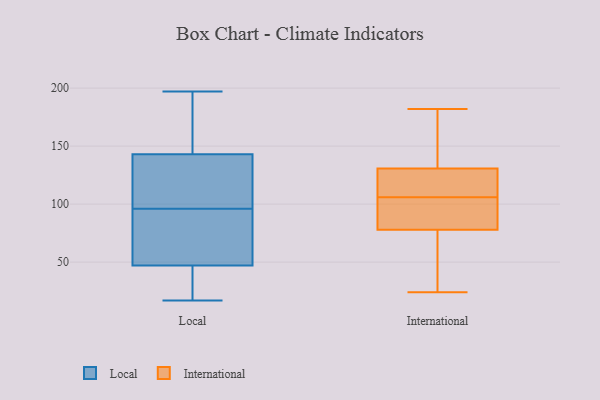
{"axis": {"x": "Headcount", "y": "Value"}, "legend": ["International", "Local"], "data": [{"x": "", "y": 184, "type": "Local"}, {"x": "", "y": 17, "type": "Local"}, {"x": "", "y": 191, "type": "Local"}, {"x": "", "y": 50, "type": "Local"}, {"x": "", "y": 84, "type": "Local"}, {"x": "", "y": 41, "type": "Local"}, {"x": "", "y": 44, "type": "Local"}, {"x": "", "y": 197, "type": "Local"}, {"x": "", "y": 158, "type": "Local"}, {"x": "", "y": 128, "type": "Local"}, {"x": "", "y": 126, "type": "Local"}, {"x": "", "y": 25, "type": "Local"}, {"x": "", "y": 108, "type": "Local"}, {"x": "", "y": 115, "type": "Local"}, {"x": "", "y": 64, "type": "Local"}, {"x": "", "y": 66, "type": "Local"}, {"x": "", "y": 182, "type": "International"}, {"x": "", "y": 79, "type": "International"}, {"x": "", "y": 102, "type": "International"}, {"x": "", "y": 124, "type": "International"}, {"x": "", "y": 109, "type": "International"}, {"x": "", "y": 40, "type": "International"}, {"x": "", "y": 161, "type": "International"}, {"x": "", "y": 78, "type": "International"}, {"x": "", "y": 78, "type": "International"}, {"x": "", "y": 106, "type": "International"}, {"x": "", "y": 127, "type": "International"}, {"x": "", "y": 24, "type": "International"}, {"x": "", "y": 180, "type": "International"}, {"x": "", "y": 63, "type": "International"}, {"x": "", "y": 125, "type": "International"}, {"x": "", "y": 142, "type": "International"}, {"x": "", "y": 104, "type": "International"}]}